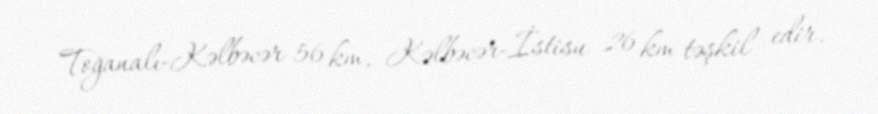
Toğanalı-Kəlbəcər 56 km, Kəlbəcər-İstisu 26 km təşkil edir.